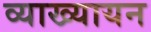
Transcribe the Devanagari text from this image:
व्याख्यायन